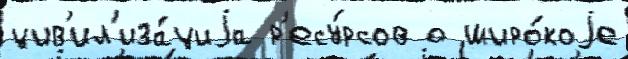
цив'ил'иза́циjа р'есу́рсов о широ́коjе